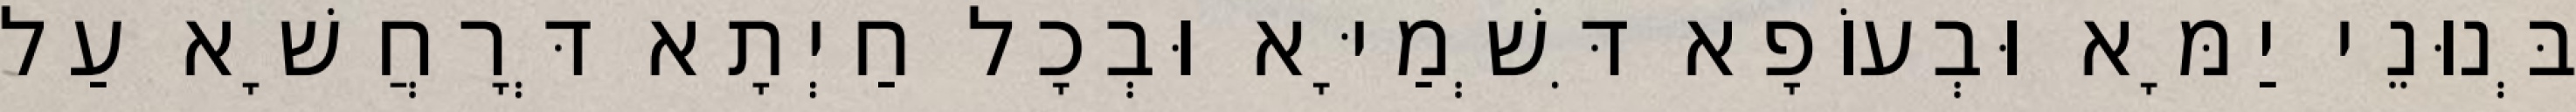
בְּנוּנֵי יַמָּא וּבְעוֹפָא דִּשְׁמַיָּא וּבְכָל חַיְתָא דְּרָחֲשָׁא עַל